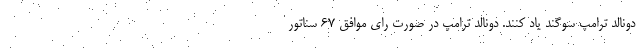
دونالد ترامپ سوگند یاد کنند. دونالد ترامپ در صورت رای موافق ۶۷ سناتور